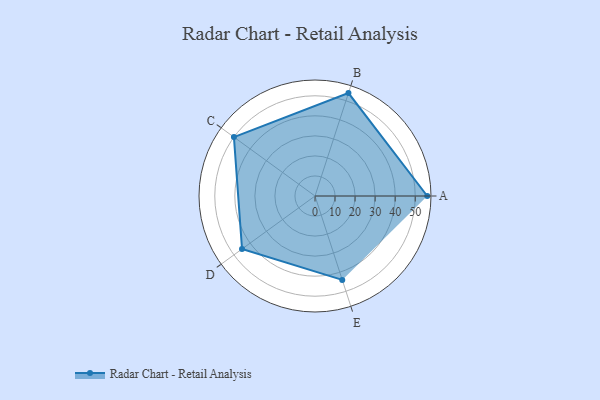
{"axis": {"x": "Skill", "y": "Score"}, "legend": ["Profile"], "data": [{"x": "A", "y": 56.0, "type": "Profile"}, {"x": "B", "y": 54.0, "type": "Profile"}, {"x": "C", "y": 50.0, "type": "Profile"}, {"x": "D", "y": 45.0, "type": "Profile"}, {"x": "E", "y": 44.0, "type": "Profile"}]}